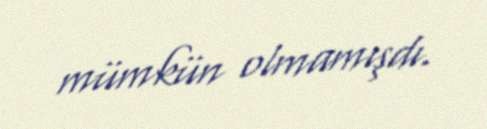
mümkün olmamışdı.